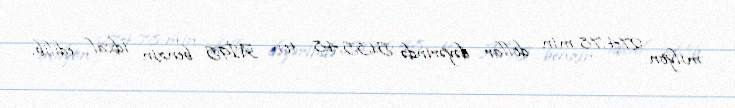
milyon 274,78 min dollar dəyərində 5135,48 ton Aİ95 benzin idxal edilib.